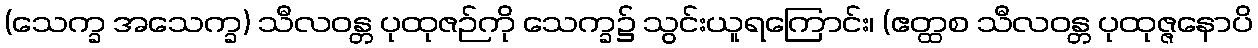
(သေက္ခ အသေက္ခ) သီလဝန္တ ပုထုဇဉ်ကို သေက္ခ၌ သွင်းယူရကြောင်း၊ (ဧတ္ထစ သီလဝန္တ ပုထုဇ္ဇနောပိ